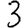
Digit: 3